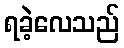
ရခဲ့လေသည်